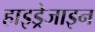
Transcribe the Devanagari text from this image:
हाइड्रेजाइन